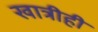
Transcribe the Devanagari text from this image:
खात्रीही